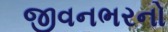
જીવનભરનો